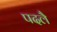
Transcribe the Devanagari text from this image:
पदलै